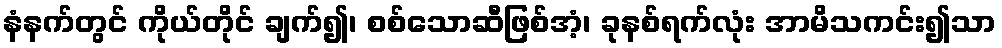
နံနက်တွင် ကိုယ်တိုင် ချက်၍၊ စစ်သောဆီဖြစ်အံ့၊ ခုနစ်ရက်လုံး အာမိသကင်း၍သာ